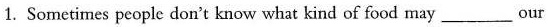
1. Sometimes people don't know what kind of food may ___ our